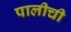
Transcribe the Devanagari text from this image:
पालीची